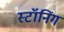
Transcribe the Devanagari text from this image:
स्टॉनिंग